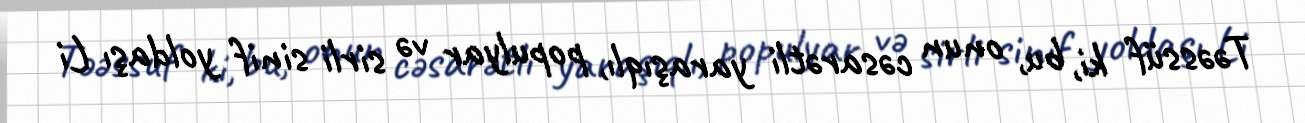
Təəssüf ki, bu, onun cəsarətli yaraşıqlı, populyar və sirli sinif yoldaşı Li